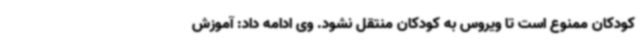
کودکان ممنوع است تا ویروس به کودکان منتقل نشود. وی ادامه داد: آموزش